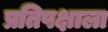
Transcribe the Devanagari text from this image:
प्रतिपक्षाला